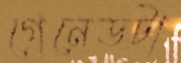
গ্রেনেডটা